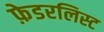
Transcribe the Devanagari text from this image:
फ़ेडरलिस्ट